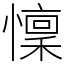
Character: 懍